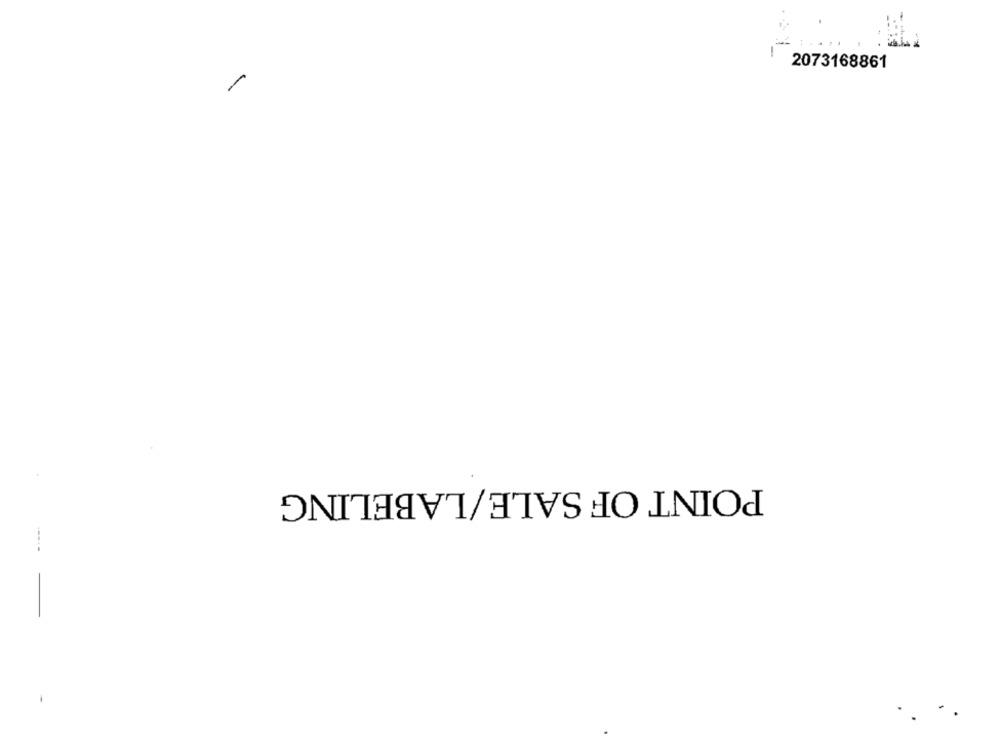
2073168861
POINT OF SALE/LABELING